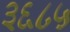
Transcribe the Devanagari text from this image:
३६८५